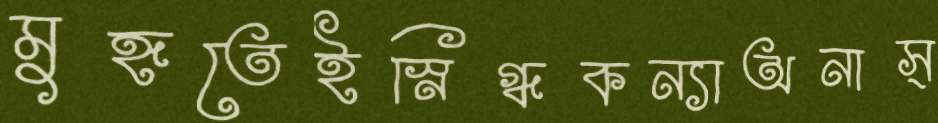
মুহূতেইস্নিগ্ধকন্যাঅনাস্